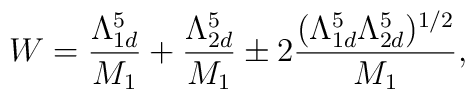
W=\frac{\Lambda _{1d}^{5}}{M_{1}}+\frac{\Lambda _{2d}^{5}}{M_{1}}\pm2\frac{(\Lambda _{1d}^{5}\Lambda _{2d}^{5})^{1/2}}{M_{1}},